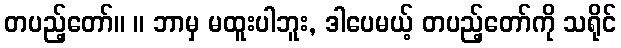
တပည့်တော်။ ။ ဘာမှ မထူးပါဘူး, ဒါပေမယ့် တပည့်တော်ကို သရိုင်